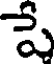
పే